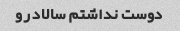
دوست نداشتم سالاد رو